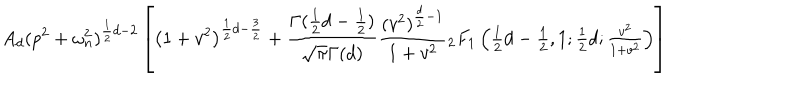
LaTeX: A _ { d } ( p ^ { 2 } + \omega _ { n } ^ { 2 } ) ^ { \frac { 1 } { 2 } d - 2 } \left[ \left( 1 + v ^ { 2 } \right) ^ { \frac { 1 } { 2 } d - \frac { 3 } { 2 } } + \frac { \Gamma ( \frac { 1 } { 2 } d - \frac { 1 } { 2 } ) } { \sqrt { \pi } \Gamma ( d ) } \frac { ( v ^ { 2 } ) ^ { \frac { d } { 2 } - 1 } } { 1 + v ^ { 2 } } { } _ { 2 } F _ { 1 } \left( \textstyle { { \frac { 1 } { 2 } d - \frac { 1 } { 2 } , 1 ; \frac { 1 } { 2 } d ; \frac { v ^ { 2 } } { 1 + v ^ { 2 } } } } \right) \right] \, \ \cdot